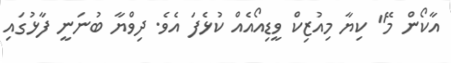
އާކޯން މޭ" ކިޔާ މިއުޒިކް ވީޑިއޯއެއް ކުޅެފަ އެވެ. ދިވްޔާ ބުނަނީ ފާޅުގައި